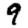
Digit: 9